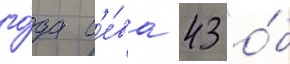
го́да с'е́ва 43 "о́б